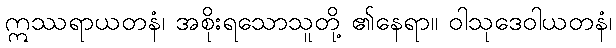
ဣဿရာယတနံ၊ အစိုးရသောသူတို့ ၏နေရာ။ ဝါသုဒေဝါယတနံ၊